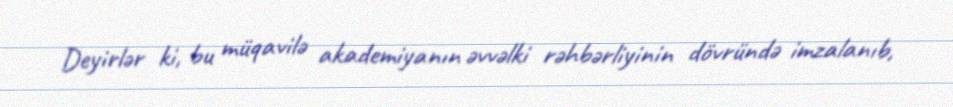
Deyirlər ki, bu müqavilə akademiyanın əvvəlki rəhbərliyinin dövründə imzalanıb,